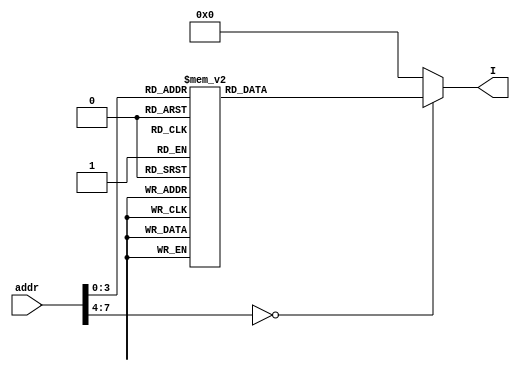
module rom(I, addr);
	output reg [15:0] I;
	input [7:0] addr;
	always @(addr) begin
		case (addr)
            //put instructions here
			8'h00: I = 16'h12;
			8'h01: I = 16'h43;
			8'h02: I = 16'h67;
			8'h03: I = 16'h98;
			8'h04: I = 16'h12;
			8'h05: I = 16'h43;
			8'h06: I = 16'h67;
			8'h07: I = 16'h98;
			8'h08: I = 16'h12;
			8'h09: I = 16'h43;
			8'h0A: I = 16'h67;
			8'h0B: I = 16'h98;
			default: I = 16'b0;
		endcase
	end
endmodule